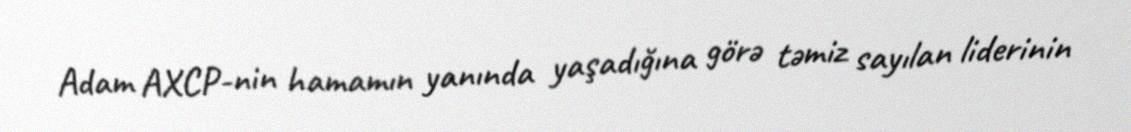
Adam AXCP-nin hamamın yanında yaşadığına görə təmiz sayılan liderinin